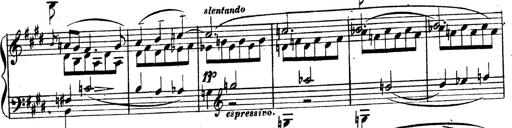
Title: 3 Caprices-Valses
Composer: Franz Liszt